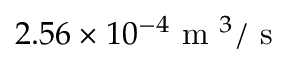
2 . 5 6 \times 1 0 ^ { - 4 } \mathrm { ~ m ~ } ^ { 3 } / \mathrm { ~ s ~ }